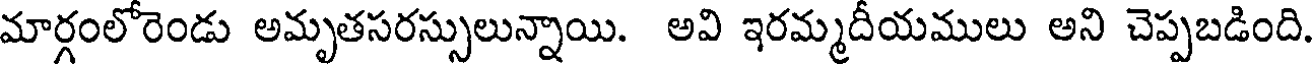
మార్గంలోరెండు అమృతసరస్సులున్నాయి. అవి ఇరమ్మదీయములు అని చెప్పబడింది.